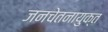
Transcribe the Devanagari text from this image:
जनचेतनायुक्त